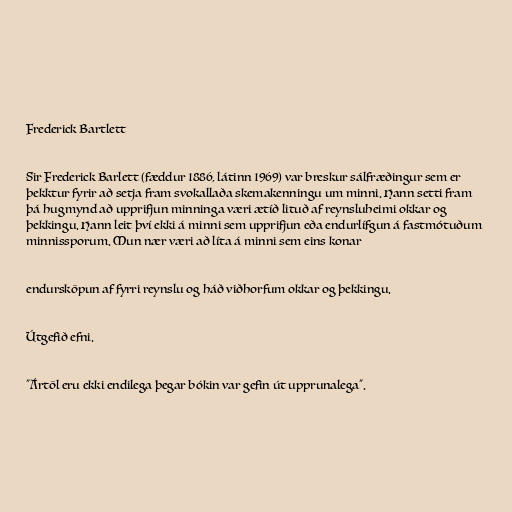
Frederick Bartlett

Sir Frederick Barlett (fæddur 1886, látinn 1969) var breskur sálfræðingur sem er
þekktur fyrir að setja fram svokallaða skemakenningu um minni. Hann setti fram
þá hugmynd að upprifjun minninga væri ætíð lituð af reynsluheimi okkar og
þekkingu. Hann leit því ekki á minni sem upprifjun eða endurlífgun á fastmótuðum
minnissporum. Mun nær væri að líta á minni sem eins konar

endursköpun af fyrri reynslu og háð viðhorfum okkar og þekkingu.

Útgefið efni.

"Ártöl eru ekki endilega þegar bókin var gefin út upprunalega".